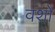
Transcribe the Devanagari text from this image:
वशों